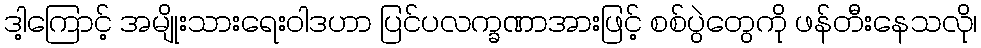
ဒါ့ကြောင့် အမျိုးသားရေးဝါဒဟာ ပြင်ပလက္ခဏာအားဖြင့် စစ်ပွဲတွေကို ဖန်တီးနေသလို၊